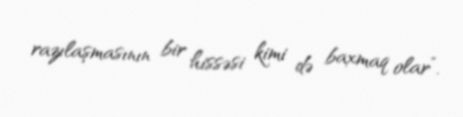
razılaşmasının bir hissəsi kimi də baxmaq olar”.